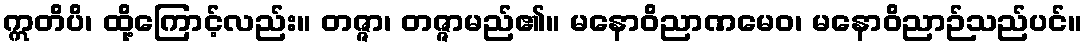
ဣတိပိ၊ ထို့ကြောင့်လည်း။ တဇ္ဇာ၊ တဇ္ဇာမည်၏။ မနောဝိညာဏမေဝ၊ မနောဝိညာဉ်သည်ပင်။